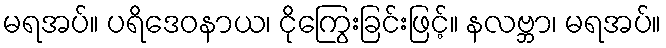
မရအပ်။ ပရိဒေဝနာယ၊ ငိုကြွေးခြင်းဖြင့်။ နလဗ္ဘာ၊ မရအပ်။